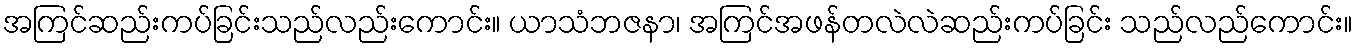
အကြင်ဆည်းကပ်ခြင်းသည်လည်းကောင်း။ ယာသံဘဇနာ၊ အကြင်အဖန်တလဲလဲဆည်းကပ်ခြင်း သည်လည်ကောင်း။